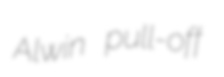
Alwin pull-off